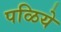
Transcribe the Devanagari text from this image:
पळिये